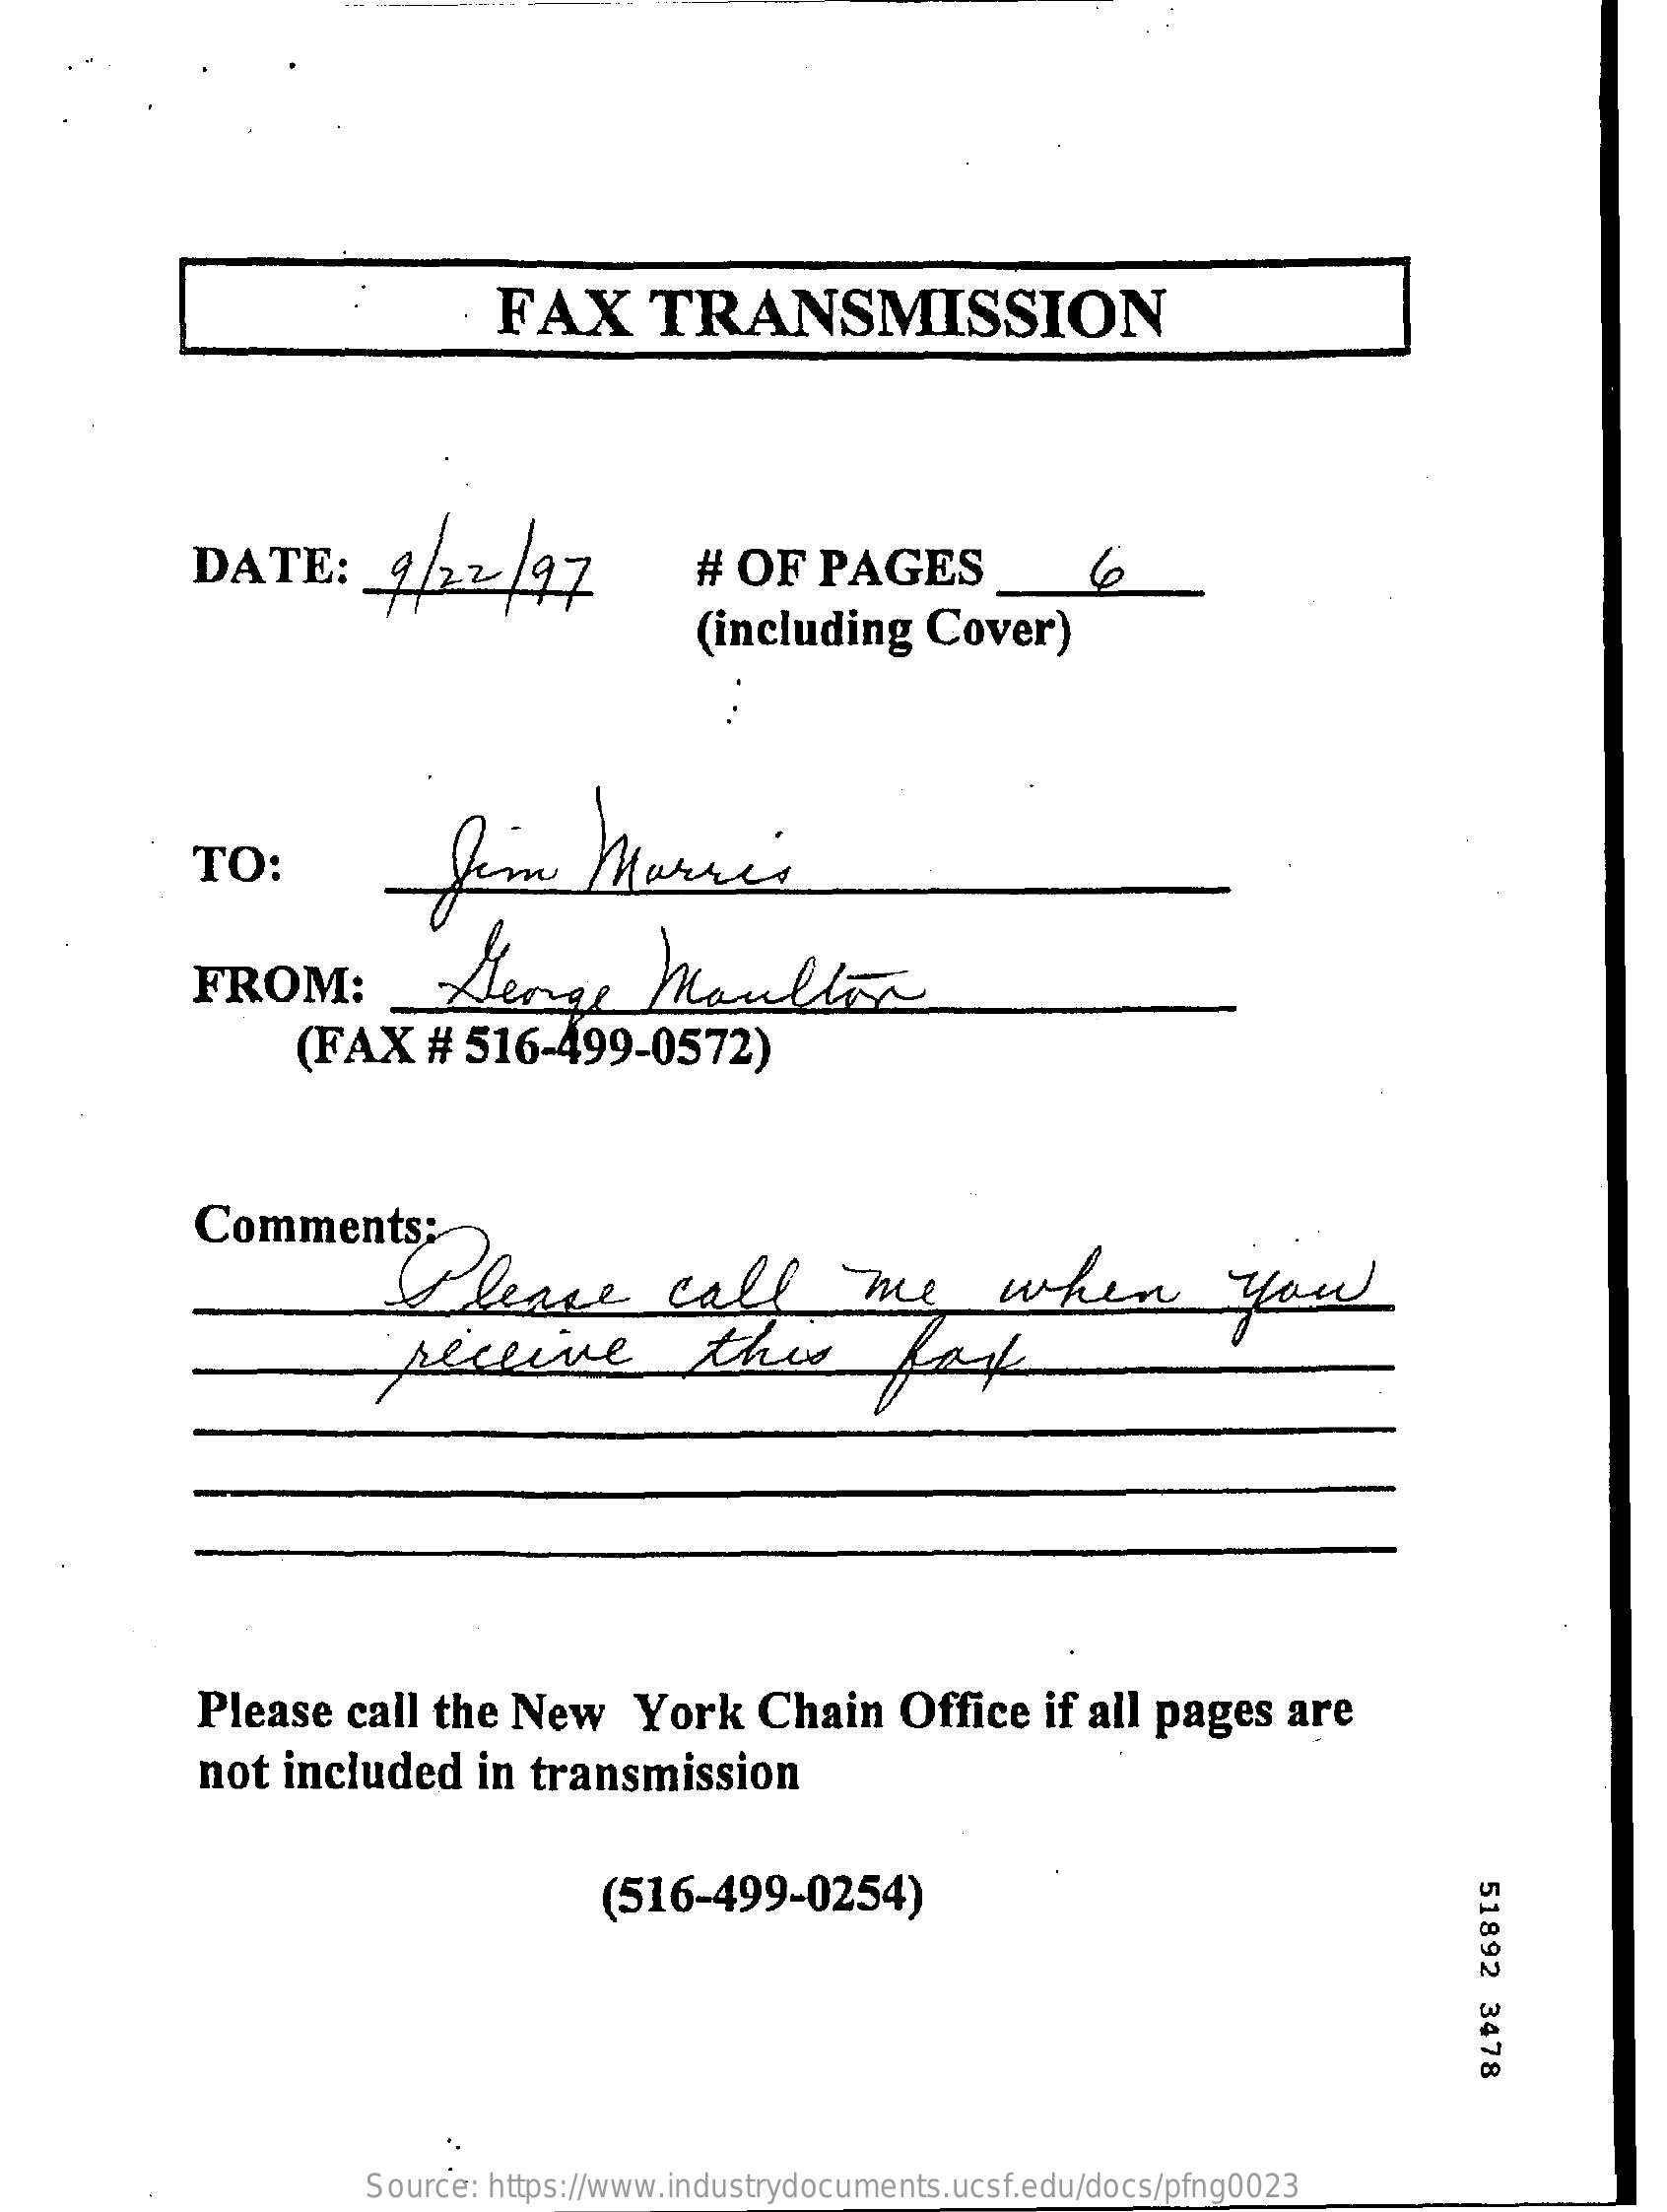
FAX    TRANSMISSION
     DATE:    9 /22/97    #  OF   PAGES    6
     (including    Cover)
     TO:
     FROM:    Serge    Moulin
     (FAX    #  516-499-0572)
     Comments:
     Please    call    me    when    you
     receive    this    fak
     Please   call the  New    York    Chain    Office   if all pages   are
     not  included    in transmission
     (516-499-0254)
     51892
     3478
     Source: https://www.industrydocuments.ucsf.edu/docs/pfng0023